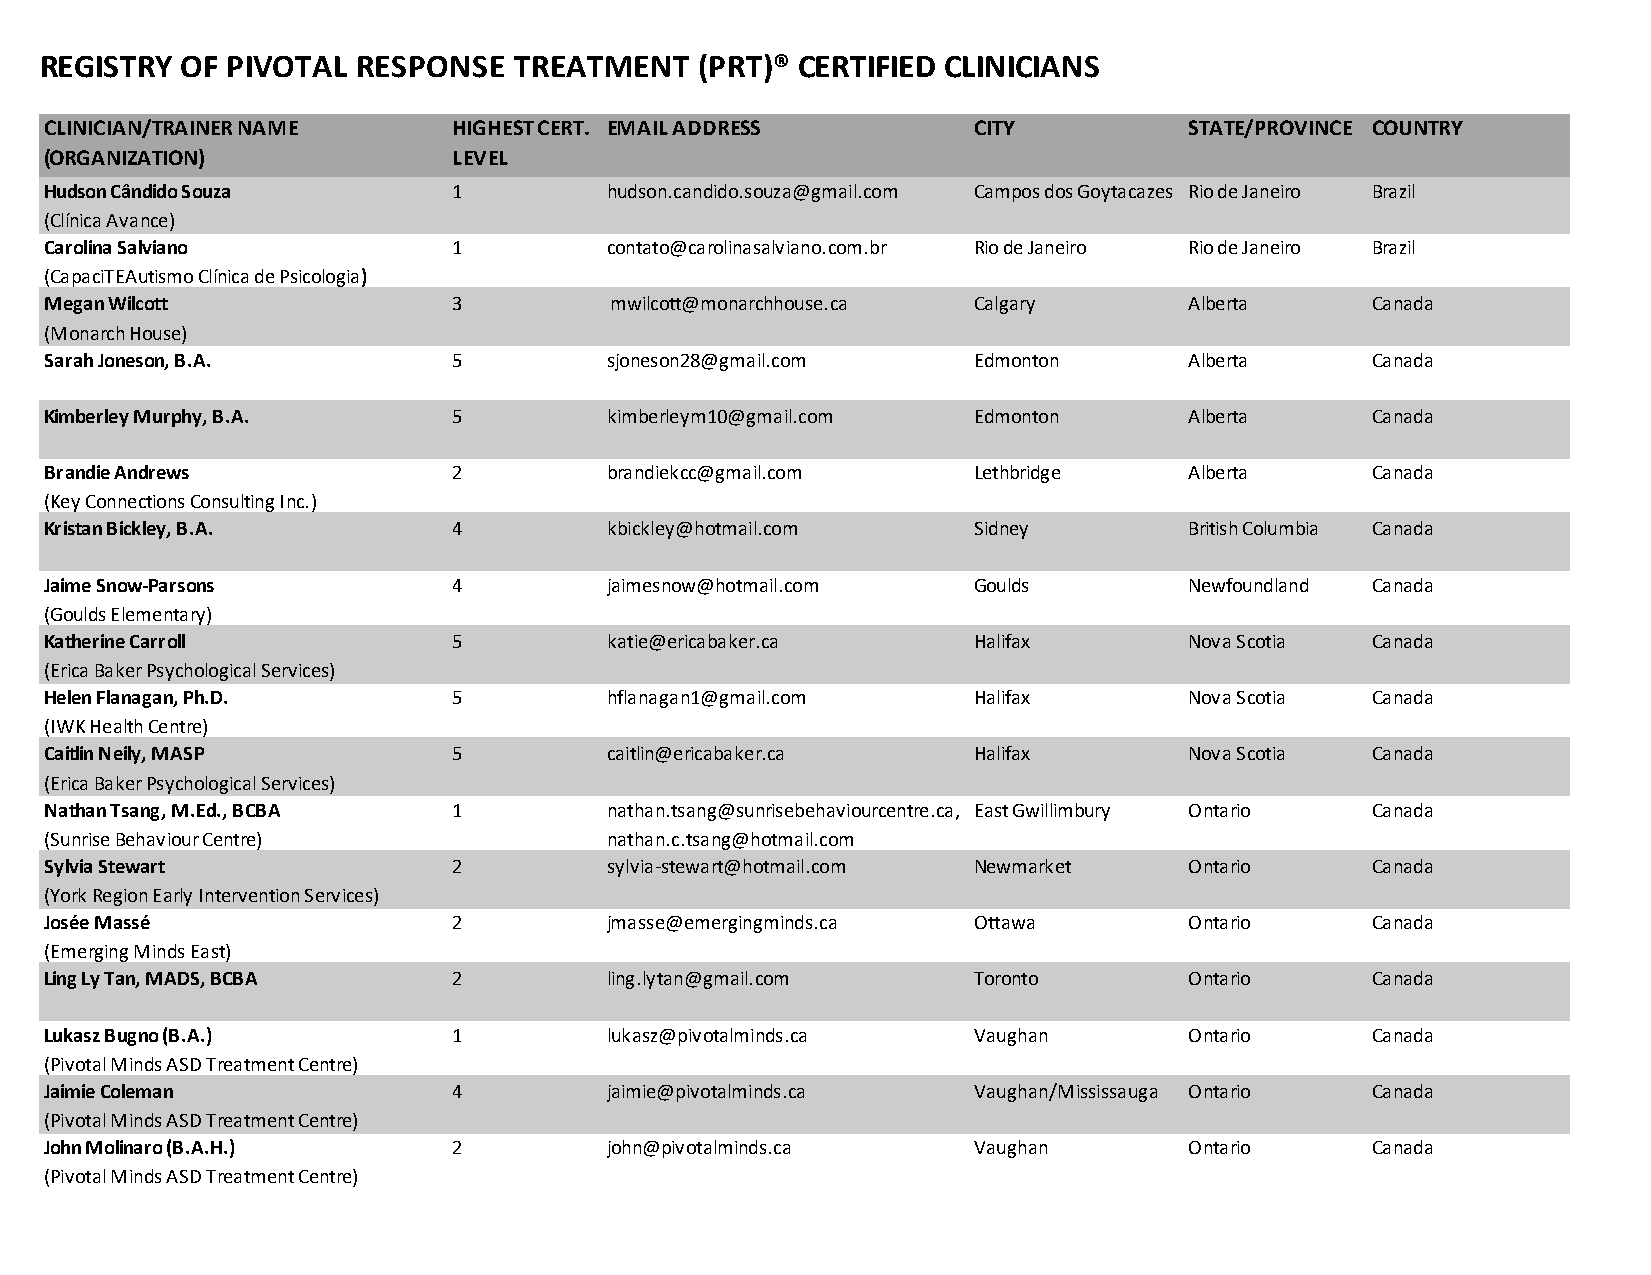
REGISTRY OF PIVOTAL  RESPONSE  TREATMENT   (PRT)® CERTIFIED CLINICIANS
 CLINICIAN/TRAINER NAME     HIGHEST CERT. EMAIL ADDRESS       CITY           STATE/PROVINCE COUNTRY
 (ORGANIZATION)             LEVEL
 Hudson Cândido Souza       1         hudson.candido.souza@gmail.com Campos dos Goytacazes Rio de Janeiro Brazil
 (Clínica Avance)
 Carolina Salviano          1         contato@carolinasalviano.com.br Rio de Janeiro Rio de Janeiro Brazil
 (CapaciTEAutismo Clínica de Psicologia)
 Megan Wilcott              3         mwilcott@monarchhouse.ca Calgary       Alberta     Canada
 (Monarch House)
 Sarah Joneson, B.A.        5         sjoneson28@gmail.com    Edmonton       Alberta     Canada
 Kimberley Murphy, B.A.     5         kimberleym10@gmail.com  Edmonton       Alberta     Canada
 Brandie Andrews            2         brandiekcc@gmail.com    Lethbridge     Alberta     Canada
 (Key Connections Consulting Inc.)
 Kristan Bickley, B.A.      4         kbickley@hotmail.com    Sidney         British Columbia Canada
 Jaime Snow-Parsons         4         j a i m e s n o w @ h o t m a i l . c o m Goulds Newfoundland Canada
 (Goulds Elementary)
 Katherine Carroll          5         katie@ericabaker.ca     Halifax        Nova Scotia Canada
 (Erica Baker Psychological Services)
 Helen Flanagan, Ph.D.      5         hflanagan1@gmail.com    Halifax        Nova Scotia Canada
 (IWK Health Centre)
 Caitlin Neily, MASP        5         caitlin@ericabaker.ca   Halifax        Nova Scotia Canada
 (Erica Baker Psychological Services)
 Nathan Tsang, M.Ed., BCBA  1         n a t h a n.tsang@sunrisebehaviourcentre.ca, East Gwillimbury Ontario Canada
 (Sunrise Behaviour Centre)           nathan.c.tsang@hotmail.com
 Sylvia Stewart             2         sylvia-stewart@hotmail.com Newmarket   Ontario     Canada
 (York Region Early Intervention Services)
 Josée Massé                2         jmasse@emergingminds.ca Ottawa         Ontario     Canada
 (Emerging Minds East)
 Ling Ly Tan, MADS, BCBA    2         ling.lytan@gmail.com    Toronto        Ontario     Canada
 Lukasz Bugno (B.A.)        1         l u k asz@pivotalminds.ca Vaughan      Ontario     Canada
 (Pivotal Minds ASD Treatment Centre)
 Jaimie Coleman             4         jaimie@pivotalminds.ca  Vaughan/Mississauga Ontario Canada
 (Pivotal Minds ASD Treatment Centre)
 John Molinaro (B.A.H.)     2         john@pivotalminds.ca    Vaughan        Ontario     Canada
 (Pivotal Minds ASD Treatment Centre)